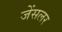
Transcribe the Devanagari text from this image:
जेंसलर